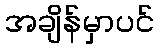
အချိန်မှာပင်